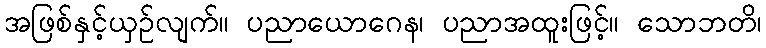
အဖြစ်နှင့်ယှဉ်လျက်။ ပညာယောဂေန၊ ပညာအထူးဖြင့်။ သောဘတိ၊